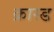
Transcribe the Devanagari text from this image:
क्रास्ड